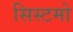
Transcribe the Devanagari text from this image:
सिस्टमो